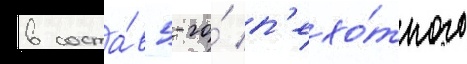
в соста́в 5-го́ п'ехо́тного